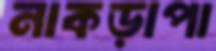
নাকড়াপা